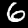
Digit: 6